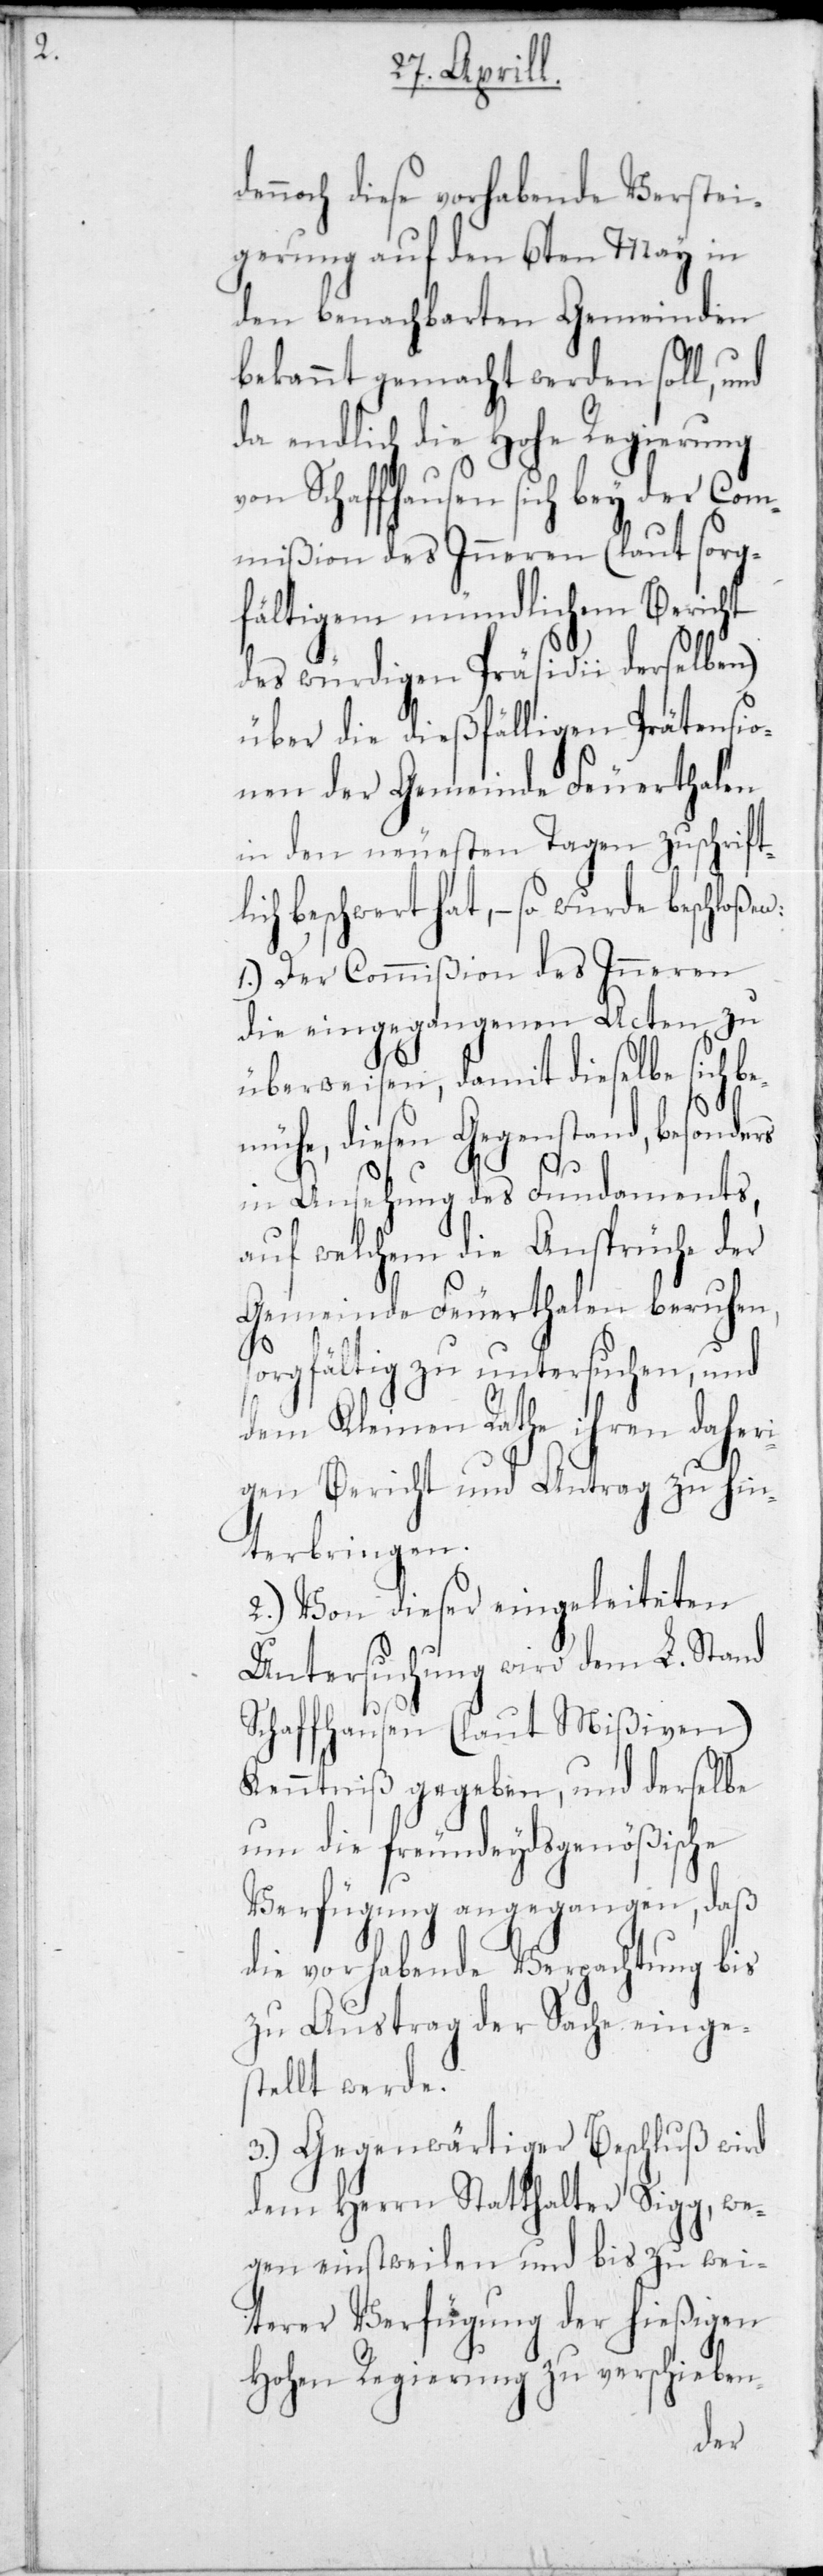
ennoch diese vorhabende Verstei¬
gerung auf den 6ten May in
meinden
den benachbarten Ge¬
bekannt gemacht werden soll, und
da endlich die Hohe Regierung
Schaffhausen sich b¬
mißion des Inneren
ältigem mündlic¬
des würdigen Präsidii
tensio¬
über die dießfällig¬
alen
in den neuesten Tagen
eschloßen:
ich beschwert hat, – so
en
1.) Der Commißion des
Inneren
die eingegangenen
ische
überweisen, damit die¬
sonders
mühe, diesen Gegensta¬
ments,
in Ansehung des Fun¬
auf welchem die An¬
ih¬
Gemeinde Feuerth¬
enöß¬
sorgfältig zu unters¬
dem Kleinen Rathe
hi¬
gen Bericht und A¬
nterbringen.
2.) Von dieser einge¬
dem
Untersuchung wird
Schaffhausen (laut
L.
Kenntniß gegeben,
um die freundeydsg¬
Verfügung angegangen, daß
die vorhabende Verpachtung bis
zu Austrag der Sache einge¬
stellt werde.
3.) Gegenwärtiger Beschluß wird
dem Herrn Statthalter Sigg, we¬
gen einstweilen und bis zu wei¬
terer Verfügung der hießigen
Hohen Regierung zu verschieben-
der¬